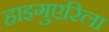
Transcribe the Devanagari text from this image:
हाइगुएरिला